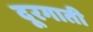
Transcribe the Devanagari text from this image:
दूरगाती